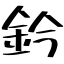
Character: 鈐